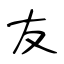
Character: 友